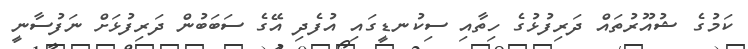
ކަމުގެ ޝުއޫރުތައް ދަރިފުޅުގެ ހިތާއި ސިކުނޑީގައި އުފެދި އޭގެ ސަބަބުން ދަރިފުޅަށް ނަފުސާނީ